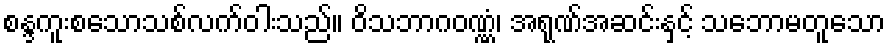
စန္ဒကူးစသောသစ်လက်ဝါးသည်။ ဝိသဘာဂဝဏ္ဏံ၊ အရုဏ်အဆင်းနှင့် သဘောမတူသော